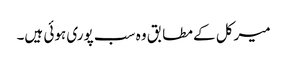
میرکل کے مطابق وہ سب پوری ہوئی ہیں۔